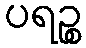
ပရဉ္စ